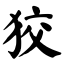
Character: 狡